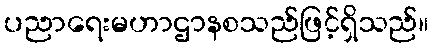
ပညာရေးမဟာဌာနစသည်ဖြင့်ရှိသည်။